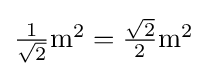
{\textstyle {\frac {1}{\sqrt {2}}}\mathrm {m} ^{2}={\frac {\sqrt {2}}{2}}\mathrm {m} ^{2}}